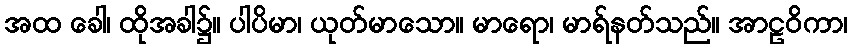
အထ ခေါ၊ ထိုအခါ၌။ ပါပိမာ၊ ယုတ်မာသော။ မာရော၊ မာရ်နတ်သည်။ အာဠဝိကာ၊